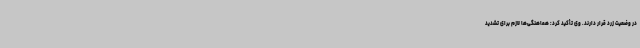
در وضعیت زرد قرار دارند. وی تأکید کرد: هماهنگی‌ها لازم برای تشدید